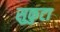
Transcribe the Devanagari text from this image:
सुकुटा